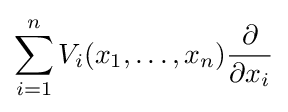
\sum _{i=1}^{n}V_{i}(x_{1},\ldots ,x_{n}){\frac {\partial }{\partial x_{i}}}